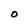
Character: O